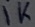
Text: 1K